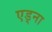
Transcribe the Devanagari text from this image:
एड्ना